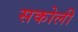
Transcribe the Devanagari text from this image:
सकोली